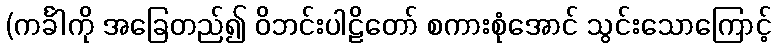
(ကင်္ခါကို အခြေတည်၍ ဝိဘင်းပါဠိတော် စကားစုံအောင် သွင်းသောကြောင့်